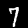
Label: 7